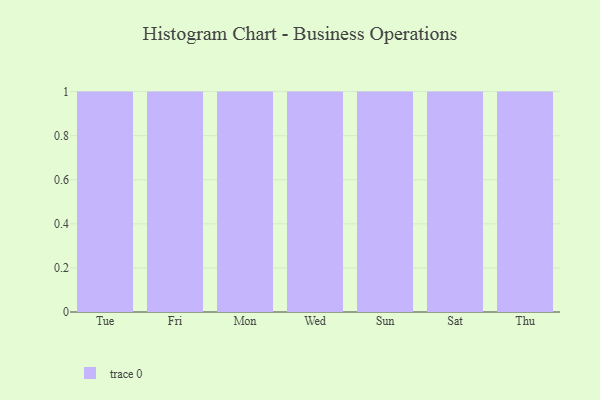
{"axis": {"x": "Day", "y": "Demand Index"}, "legend": [""], "data": [{"x": "Tue", "y": 98, "type": ""}, {"x": "Fri", "y": 87, "type": ""}, {"x": "Mon", "y": 74, "type": ""}, {"x": "Wed", "y": 100, "type": ""}, {"x": "Sun", "y": 50, "type": ""}, {"x": "Sat", "y": 1, "type": ""}, {"x": "Thu", "y": 15, "type": ""}]}